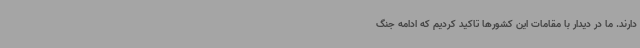
دارند. ما در دیدار با مقامات این کشورها تاکید کردیم که ادامه‌ جنگ